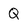
Character: Q